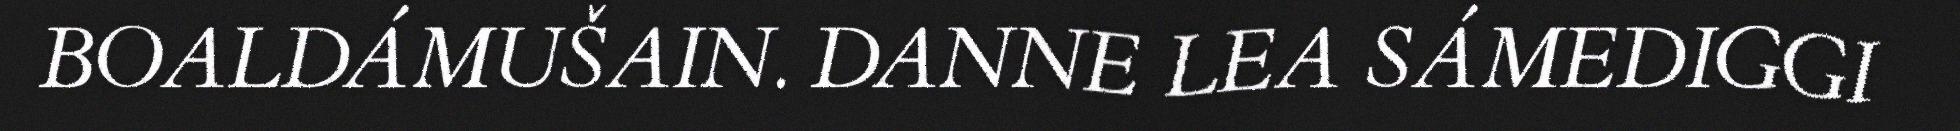
BOALDÁMUŠAIN. DANNE LEA SÁMEDIGGI